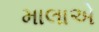
માલાએ